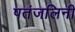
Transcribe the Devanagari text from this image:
पतंजलिनी